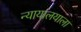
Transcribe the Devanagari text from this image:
न्यायालयाला